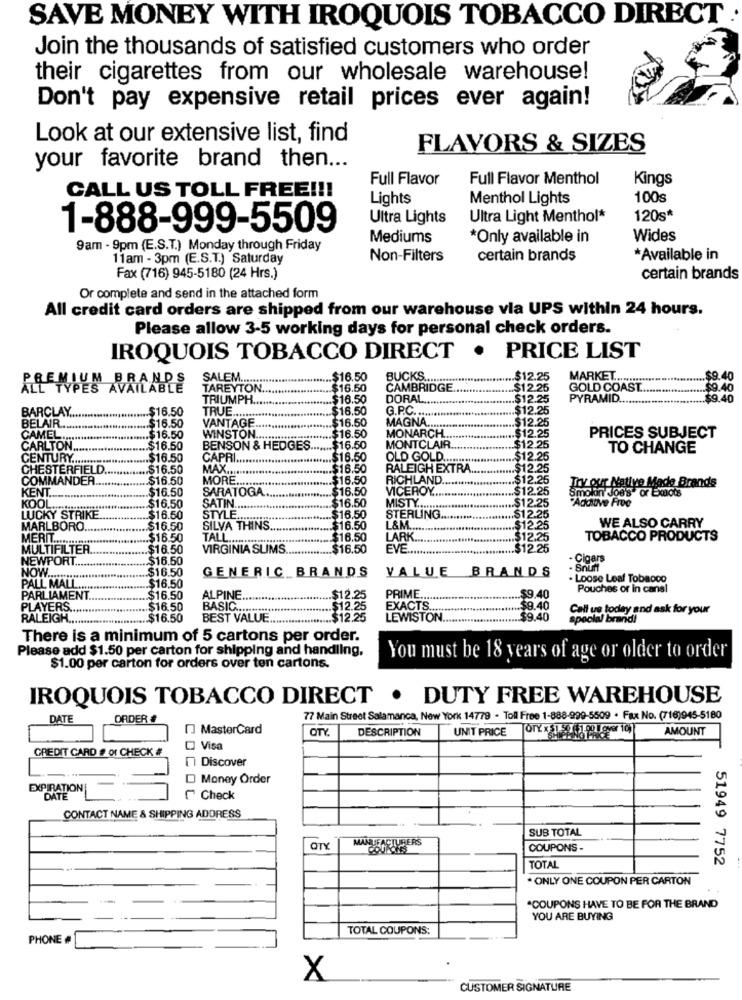
SAVE MONEY WITH IROQUOIS TOBACCO DIRECT .
Join the thousands of satisfied customers who order
their cigarettes from our wholesale warehouse!
Don't pay expensive retail prices ever again!
Look at our extensive list, find
FLAVORS & SIZES
your favorite brand then ...
Full Flavor
Full Flavor Menthol
Kings
CALL US TOLL FREE !!!
Lights
Menthol Lights
100s
Ultra Lights
Ultra Light Menthol*
120s*
1-888-999-5509
Mediums
*Only available in
Wides
9am - 9pm (E.S.T.) Monday through Friday
11am - 3pm (E.S.T.) Saturday
Non-Filters
certain brands
*Available in
Fax (716) 945-5180 (24 Hrs.)
certain brands
Or complete and send in the attached form
All credit card orders are shipped from our warehouse via UPS within 24 hours.
Please allow 3-5 working days for personal check orders.
IROQUOIS TOBACCO DIRECT . PRICE LIST
SALEM ................
.$16.50
BUCKS ..
.$12.25
MARKE ...........
$9.40
TAREYTON.
$16.50
CAMBRIDGE
$12.25
GOLD COAST
.. $9.40
TRIUMPH ..
$16.50
DORAL ...
... $12.25
PYRAMID.
.. $9.40
.$16.50
TRUE.
.. $16.50
G.P.C ..
.. $12.25
BARCLAY ...
VANTAGE
.$16.50
MAGNA ...
$12.25
BELAIR ....
.$16.50
CAMEL .....
.. $16.50
WINSTON
.$16.50
MONARCH ...
.. $12.25
PRICES SUBJECT
CARLTON ....
..... $16.50
BENSON & HEDGES ....... $16.50
MONTCLAIR ..
$12.25
TO CHANGE
CENTURY .....
.. $16.50
CAPRI ..
$16.50
OLD GOLD ..
.. $12.25
CHESTERFIELD.
... $16.50
MAX .....
.... $16.50
RALEIGH EXTRA ..
...... 12.25
COMMANDER
.$16.50
MORE .........
... $16.50
RICHLAND
.. $12.25
Try our Native Made Brands
KENT
.. $16.50
$16.50
VICEROY ....
...... $12.25
Smolan' Joe's" or Exacts
KOO
SARATOGA
$16.50
MISTY ..
Adchave Froo
.$16.50
SATIN ........
... $12.25
LUCKY STRIKE
$16.50
STYLE ...
... 516.50
STERLING.
...... 512.25
MARLBORO.
$16.50
SILVA THINS.
$16.50
L&M
$12.25
WE ALSO CARRY
MERIT ....
.$16.50
TALL ..
$16.50
LARK
$12.25
TOBACCO PRODUCTS
MULTIFILTER
$16.50
VIRGINIA SLIMS.
$16.50
EVE
$12.25
NEWPORT
$16.50
Cigar
NOW ..
.$16.50
GENERIC BRANDS
VALUE BRANDS
Snuff
Loose Leaf Tobacco
PALL MALL .....
.$16.50
Pouches or in cans!
PARLIAMENT
$16.50
ALPINE
... $12.25
PRIME ...
... 9.40
PLAYERS ..
... $16.50
BASIC ......
$12.25
EXACTS.
.$9.40
Call us today and ask for your
RALEIGH.
.. $16.50
BEST VALUE
$12.25
LEWISTON
$9.40
special brand!
There is a minimum of 5 cartons per order.
Please add $1.50 per carton for shipping and handling,
You must be 18 years of age or older to order
$1.00 per carton for orders over ton cartons.
IROQUOIS TOBACCO DIRECT . DUTY FREE WAREHOUSE
DATE
ORDER #
77 Main Street Salamanca, New York 14779 . Toll Free 1-888-999-5509 . Fax No. (716)945-5180
[] MasterCard
OTY.
DESCRIPTION
UNIT PRICE
AMOUNT
CREDIT CARD # Of CHECK #
Visa
Discover
D Money Order
EXPIRATION
DATE
Check
CONTACT NAME & SHIPPING ADDRESS
SUB TOTAL
MANUFACTURERS
OTY
COUPONS -
51949 7752
TOTAL
* ONLY ONE COUPON PER CARTON
*COUPONS HAVE TO BE FOR THE BRAND
YOU ARE BUYING
TOTAL COUPONS:
PHONE #
X
CUSTOMER SIGNATURE